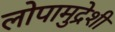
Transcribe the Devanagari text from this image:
लोपामुद्रेशी